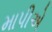
માપીએ